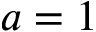
a = 1